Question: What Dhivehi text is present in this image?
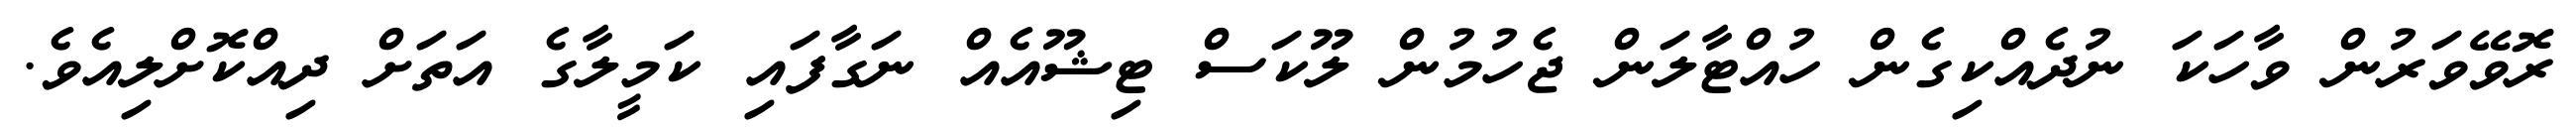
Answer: ރޮވޭވަރުން ވާހަކަ ނުދެއްކިގެން ހުއްޓާލަން ޖެހުމުން ލޫކަސް ޓިޝޫއެއް ނަގާފައި ކަމީލާގެ އަތަށް ދިއްކޮށްލިއެވެ.